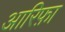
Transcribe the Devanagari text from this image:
आरिफ़ा